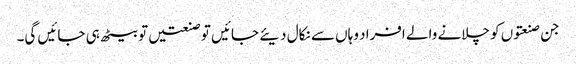
جن صنعتوں کو چلانے والے افراد وہاں سے نکال دیئے جائیں تو صنعتیں تو بیٹھ ہی جائیں گی۔